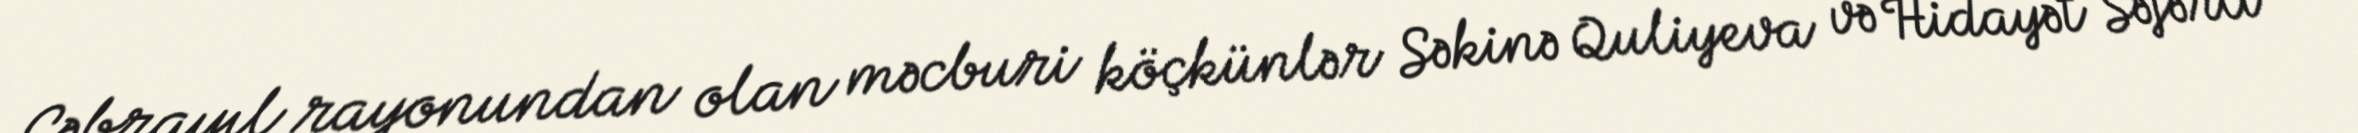
Cəbrayıl rayonundan olan məcburi köçkünlər Səkinə Quliyeva və Hidayət Səfərli